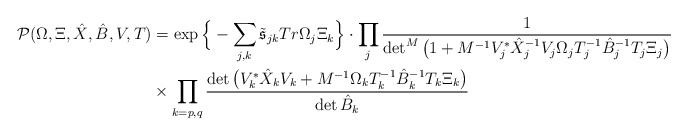
\begin{align*}\mathcal{P}( \Omega, \Xi, \hat{X}, \hat{B}, V, T)&=\exp\Big{\{} -\sum_{j,k}\tilde{\mathfrak{s}}_{jk} Tr \Omega_j\Xi_k\Big{\}}\cdot\prod_j\frac{1}{\det^M\big(1+M^{-1}V_j^*\hat{X}_j^{-1}V_j \Omega_jT_j^{-1}\hat{B}_j^{-1}T_j\Xi_j\big)}\\&\times\prod_{k=p,q}\frac{\det\big(V_k^*\hat{X}_kV_k+M^{-1} \Omega_k T_k^{-1}\hat{B}_k^{-1}T_k\Xi_k\big)}{\det \hat{B}_k} \end{align*}